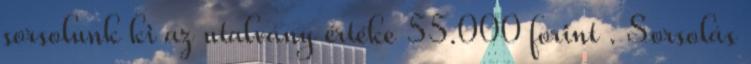
sorsolunk ki az utalvány értéke 55.000 forint . Sorsolás